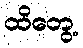
ထိတွေ့